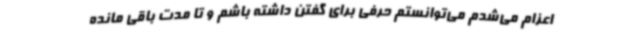
اعزام می‌شدم می‌توانستم حرفی برای گفتن داشته باشم و تا مدت باقی مانده